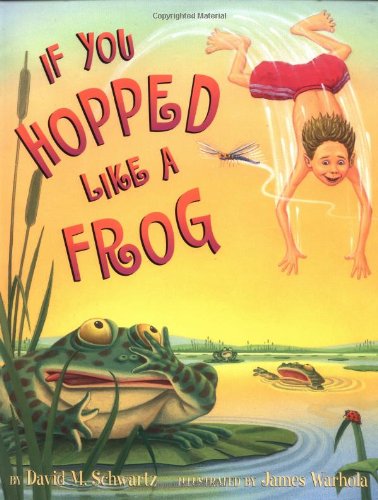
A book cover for If You Hopped Like A Frog; David M. Schwartz; Children's Books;